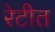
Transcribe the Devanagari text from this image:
रेटीत